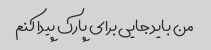
من باید جایی برای پارک پیدا کنم